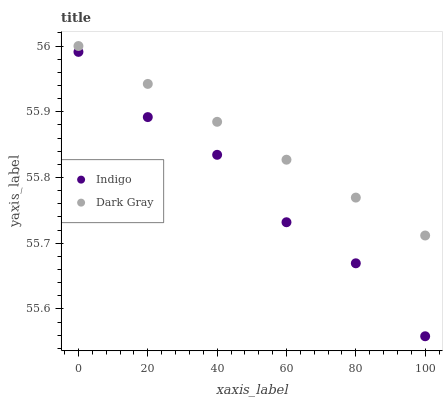
| xaxis_label | Indigo | Dark Gray |
 | --- | --- | --- |
 | 0 | 56 | 56 |
 | 20 | 55.9 | 55.9 |
 | 40 | 55.8 | 55.9 |
 | 60 | 55.7 | 55.8 |
 | 80 | 55.7 | 55.8 |
 | 100 | 55.6 | 55.7 |